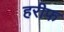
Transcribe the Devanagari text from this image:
हरीफ